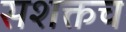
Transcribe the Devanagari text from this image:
सशक्तच